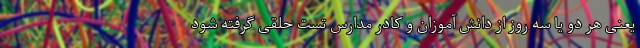
یعنی هر دو یا سه روز از دانش آموزان و کادر مدارس تست حلقی گرفته شود